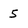
Character: 5